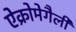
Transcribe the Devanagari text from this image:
ऐक्रोमेगैली